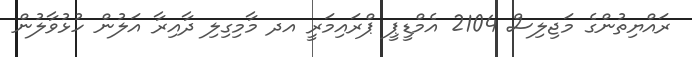
ރައްޔިތުންގެ މަޖިލިސް 2104 އެމްޑީޕީ ޕްރައިމަރީ އދ މާމިގިލި ދާއިރާ އަލުން ހުޅުވާލުން